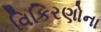
વિકિરણોના